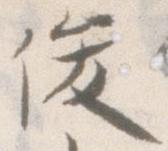
俊